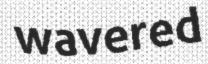
wavered